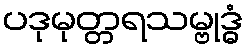
ပဒုမုတ္တရသမ္ဗုဒ္ဓံ